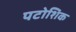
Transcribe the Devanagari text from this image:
पटोशिक